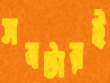
সবটারই